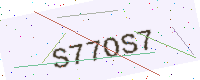
Text: S77OS7